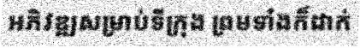
អភិវឌ្ឍសម្រាប់ទីក្រុង ព្រមទាំងក៏ដាក់